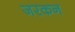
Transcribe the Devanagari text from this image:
जरकन